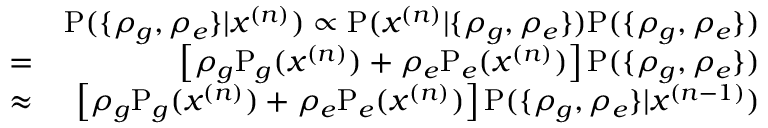
\begin{array} { r l r } & { } & { \mathrm P ( \{ \rho _ { g } , \rho _ { e } \} | x ^ { ( n ) } ) \propto \mathrm P ( x ^ { ( n ) } | \{ \rho _ { g } , \rho _ { e } \} ) \mathrm P ( \{ \rho _ { g } , \rho _ { e } \} ) } \\ & { = } & { \left[ \rho _ { g } \mathrm P _ { g } ( x ^ { ( n ) } ) + \rho _ { e } \mathrm P _ { e } ( x ^ { ( n ) } ) \right] \mathrm P ( \{ \rho _ { g } , \rho _ { e } \} ) } \\ & { \approx } & { \left[ \rho _ { g } \mathrm P _ { g } ( x ^ { ( n ) } ) + \rho _ { e } \mathrm P _ { e } ( x ^ { ( n ) } ) \right] \mathrm P ( \{ \rho _ { g } , \rho _ { e } \} | x ^ { ( n - 1 ) } ) } \end{array}